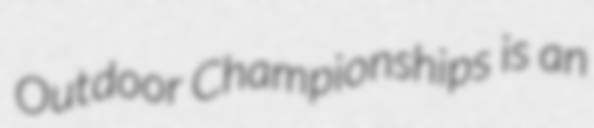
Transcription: Outdoor Championships is an